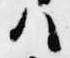
ハ